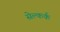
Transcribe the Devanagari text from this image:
सेल्कर्क